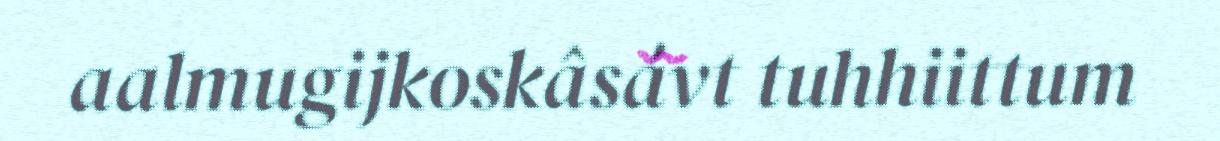
aalmugijkoskâsávt tuhhiittum